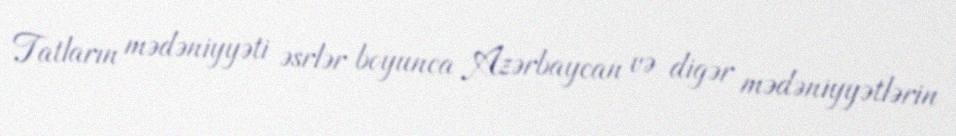
Tatların mədəniyyəti əsrlər boyunca Azərbaycan və digər mədəniyyətlərin